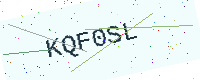
Text: KQF0SL